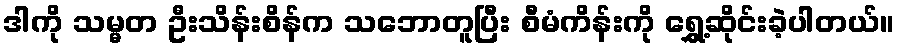
ဒါကို သမ္မတ ဦးသိန်းစိန်က သဘောတူပြီး စီမံကိန်းကို ရွှေ့ဆိုင်းခဲ့ပါတယ်။